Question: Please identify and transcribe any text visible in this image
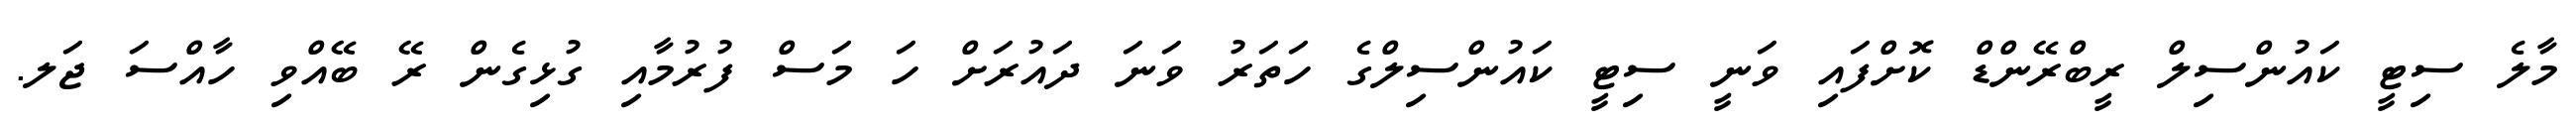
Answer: މާލެ ސިޓީ ކައުންސިލް ރީބްރޭންޑް ކޮށްފައި ވަނީ ސިޓީ ކައުންސިލްގެ ހަތަރު ވަނަ ދައުރަށް ހަ މަސް ފުރުމާއި ގުޅިގެން ރޭ ބޭއްވި ހާއްސަ ޖަލ.